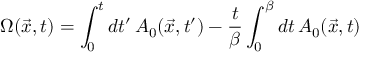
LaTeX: \Omega ( \vec { x } , t ) = \int _ { 0 } ^ { t } d t ^ { \prime } \, A _ { 0 } ( \vec { x } , t ^ { \prime } ) - { \frac { t } { \beta } } \int _ { 0 } ^ { \beta } d t \, A _ { 0 } ( \vec { x } , t )